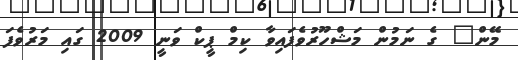
މޭން" ގެ ނަމުން މަޝްހޫރުވެފައިވާ ކިމް ޕީކް ވަނީ 2009 ގައި މަރުވެފަ